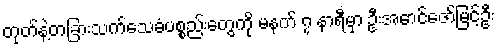
တုတ်နဲ့တခြားသက်သေခံပစ္စည်းတွေကို မနက် ၇ နာရီမှာ ဦးအောင်ဇော်မြင့်ဦး